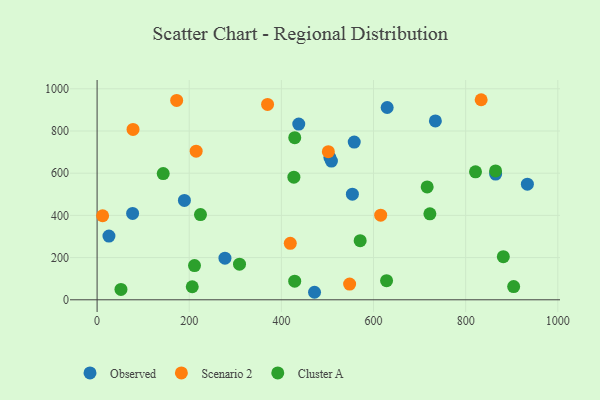
{"axis": {"x": "Price", "y": "Salary"}, "legend": ["Cluster A", "Observed", "Scenario 2"], "data": [{"x": "25.7", "y": 301.9, "type": "Observed"}, {"x": "629.6", "y": 911.4, "type": "Observed"}, {"x": "508.6", "y": 657.6, "type": "Observed"}, {"x": "77.1", "y": 409.4, "type": "Observed"}, {"x": "437.7", "y": 832.9, "type": "Observed"}, {"x": "933.9", "y": 548.0, "type": "Observed"}, {"x": "865.0", "y": 596.0, "type": "Observed"}, {"x": "558.1", "y": 747.6, "type": "Observed"}, {"x": "277.5", "y": 197.1, "type": "Observed"}, {"x": "554.1", "y": 500.5, "type": "Observed"}, {"x": "189.5", "y": 471.0, "type": "Observed"}, {"x": "471.9", "y": 35.6, "type": "Observed"}, {"x": "505.3", "y": 674.1, "type": "Observed"}, {"x": "734.2", "y": 847.6, "type": "Observed"}, {"x": "215.0", "y": 704.2, "type": "Scenario 2"}, {"x": "501.9", "y": 702.1, "type": "Scenario 2"}, {"x": "172.7", "y": 945.1, "type": "Scenario 2"}, {"x": "370.0", "y": 926.1, "type": "Scenario 2"}, {"x": "548.1", "y": 74.3, "type": "Scenario 2"}, {"x": "78.0", "y": 807.5, "type": "Scenario 2"}, {"x": "833.6", "y": 948.2, "type": "Scenario 2"}, {"x": "615.5", "y": 400.8, "type": "Scenario 2"}, {"x": "419.3", "y": 267.6, "type": "Scenario 2"}, {"x": "12.0", "y": 398.2, "type": "Scenario 2"}, {"x": "722.3", "y": 407.4, "type": "Cluster A"}, {"x": "881.7", "y": 204.3, "type": "Cluster A"}, {"x": "309.1", "y": 169.0, "type": "Cluster A"}, {"x": "821.3", "y": 606.3, "type": "Cluster A"}, {"x": "428.9", "y": 88.4, "type": "Cluster A"}, {"x": "224.4", "y": 403.8, "type": "Cluster A"}, {"x": "716.4", "y": 535.1, "type": "Cluster A"}, {"x": "143.5", "y": 598.4, "type": "Cluster A"}, {"x": "206.5", "y": 61.8, "type": "Cluster A"}, {"x": "427.1", "y": 580.9, "type": "Cluster A"}, {"x": "864.9", "y": 610.6, "type": "Cluster A"}, {"x": "628.3", "y": 90.4, "type": "Cluster A"}, {"x": "571.0", "y": 280.3, "type": "Cluster A"}, {"x": "904.1", "y": 62.5, "type": "Cluster A"}, {"x": "51.8", "y": 49.1, "type": "Cluster A"}, {"x": "429.0", "y": 768.5, "type": "Cluster A"}, {"x": "211.4", "y": 162.0, "type": "Cluster A"}]}